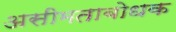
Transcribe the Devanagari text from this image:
असीमताबोधक